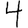
Digit: 4